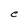
Character: e